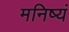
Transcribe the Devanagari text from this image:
मनिष्यं